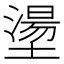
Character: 𡑑